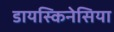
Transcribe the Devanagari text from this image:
डायस्किनेसिया